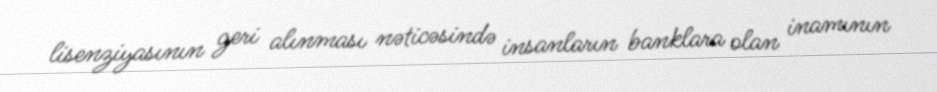
lisenziyasının geri alınması nəticəsində insanların banklara olan inamının